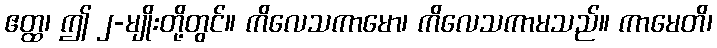
ဧတ္ထ၊ ဤ ၂-မျိုးတို့တွင်။ ကိလေသကာမော၊ ကိလေသကာမသည်။ ကာမေတိ၊